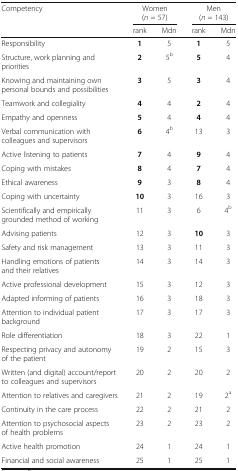
| <ROWSPAN=2> Competency | <COLSPAN=2> Women(n = 57) | <COLSPAN=2> Men(n = 143) |
 | rank | Mdn | rank | Mdn |
 | --- | --- | --- | --- | --- |
 | Responsibility | 1 | 5 | 1 | 5 |
 | Structure, work planning and priorities | 2 | 5b | 5 | 4 |
 | Knowing and maintaining own personal bounds and possibilities | 3 | 5 | 3 | 4 |
 | Teamwork and collegiality | 4 | 4 | 2 | 4 |
 | Empathy and openness | 5 | 4 | 4 | 4 |
 | Verbal communication with colleagues and supervisors | 6 | 4b | 13 | 3 |
 | Active listening to patients | 7 | 4 | 9 | 4 |
 | Coping with mistakes | 8 | 4 | 7 | 4 |
 | Ethical awareness | 9 | 3 | 8 | 4 |
 | Coping with uncertainty | 10 | 3 | 16 | 3 |
 | Scientifically and empirically grounded method of working | 11 | 3 | 6 | 4b |
 | Advising patients | 12 | 3 | 10 | 3 |
 | Safety and risk management | 13 | 3 | 11 | 3 |
 | Handling emotions of patients and their relatives | 14 | 3 | 14 | 3 |
 | Active professional development | 15 | 3 | 12 | 3 |
 | Adapted informing of patients | 16 | 3 | 18 | 3 |
 | Attention to individual patient background | 17 | 3 | 17 | 3 |
 | Role differentiation | 18 | 3 | 22 | 1 |
 | Respecting privacy and autonomy of the patient | 19 | 2 | 15 | 3 |
 | Written (and digital) account/report to colleagues and supervisors | 20 | 2 | 20 | 2 |
 | Attention to relatives and caregivers | 21 | 2 | 19 | 2a |
 | Continuity in the care process | 22 | 2 | 21 | 2 |
 | Attention to psychosocial aspects of health problems | 23 | 2 | 23 | 2 |
 | Active health promotion | 24 | 1 | 24 | 1 |
 | Financial and social awareness | 25 | 1 | 25 | 1 |